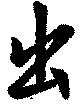
出